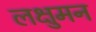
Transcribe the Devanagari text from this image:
लक्षुमन